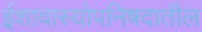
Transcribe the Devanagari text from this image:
ईशावास्योपनिषदातील